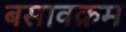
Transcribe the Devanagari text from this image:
बसावक्रम